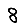
Digit: 8